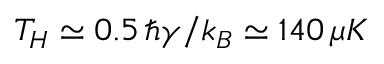
T _ { H } \simeq 0 . 5 \, \hbar \gamma / k _ { B } \simeq 1 4 0 \, \mu K